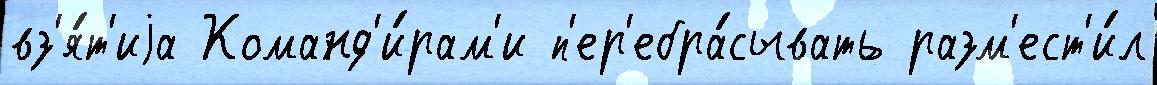
вз'я́т'иjа Команд'и́рам'и п'ер'ебра́сывать разм'ест'и́л